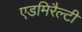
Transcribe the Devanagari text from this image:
एडमिरैल्टी